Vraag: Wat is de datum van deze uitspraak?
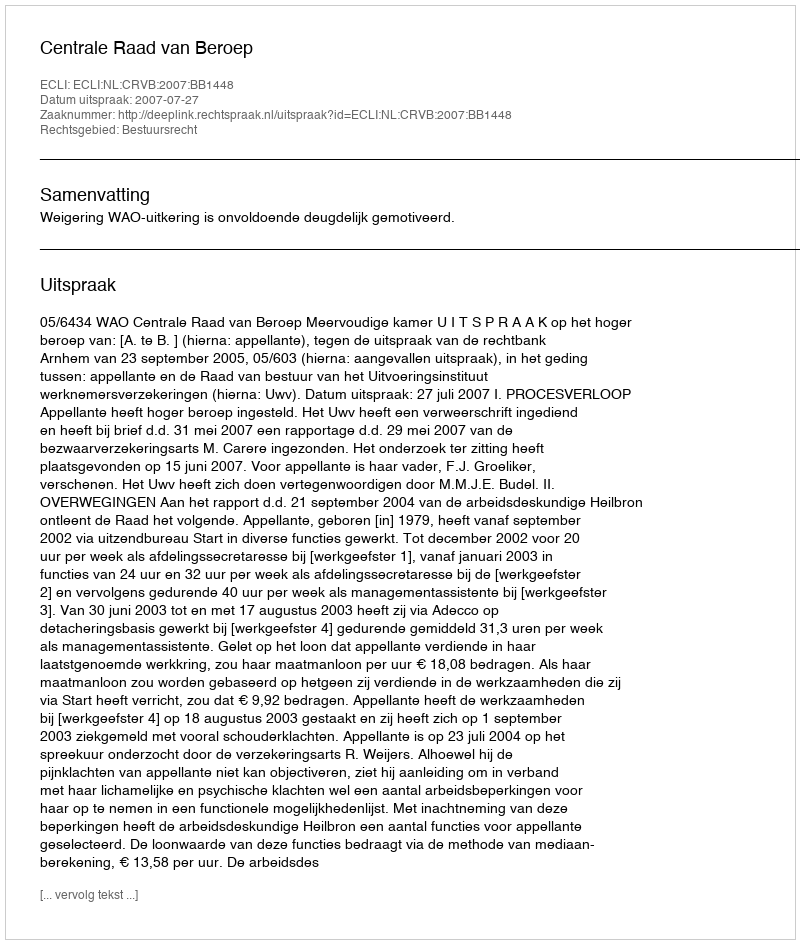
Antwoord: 2007-07-27